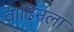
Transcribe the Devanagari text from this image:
वाढिंनला